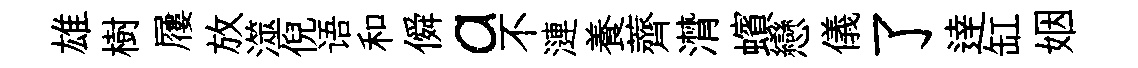
雄樹屨放澨倪语和僢a不漣養薺潸蠙戀儀了逹缸姻